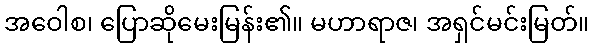
အဝေါစ၊ ပြောဆိုမေးမြန်း၏။ မဟာရာဇ၊ အရှင်မင်းမြတ်။